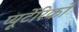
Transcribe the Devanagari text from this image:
प्यूर्टेरिको